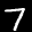
Label: 7